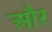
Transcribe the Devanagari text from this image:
और